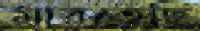
মারতেছি